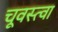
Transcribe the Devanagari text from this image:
चूवस्त्वा